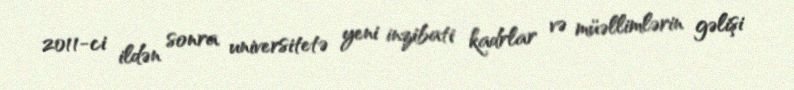
2011-ci ildən sonra universitetə yeni inzibati kadrlar və müəllimlərin gəlişi